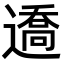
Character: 䢪